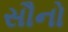
સૌનો